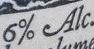
6%Alc